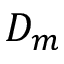
D _ { m }